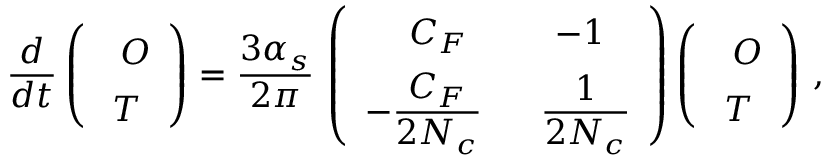
\frac { d } { d t } \left( \begin{array} { c c } { { \phantom { \bigg [ } O } } \\ { { T } } \end{array} \right) = { \frac { 3 \alpha _ { s } } { 2 \pi } } \, \left( \begin{array} { c c } { { \phantom { \bigg [ } C _ { F } } } & { { - 1 } } \\ { { \displaystyle - { \frac { C _ { F } } { 2 N _ { c } } } ~ } } & { { \displaystyle ~ { \frac { 1 } { 2 N _ { c } } } } } \end{array} \right) \left( \begin{array} { c c } { { \phantom { \bigg [ } O } } \\ { { T } } \end{array} \right) \, ,